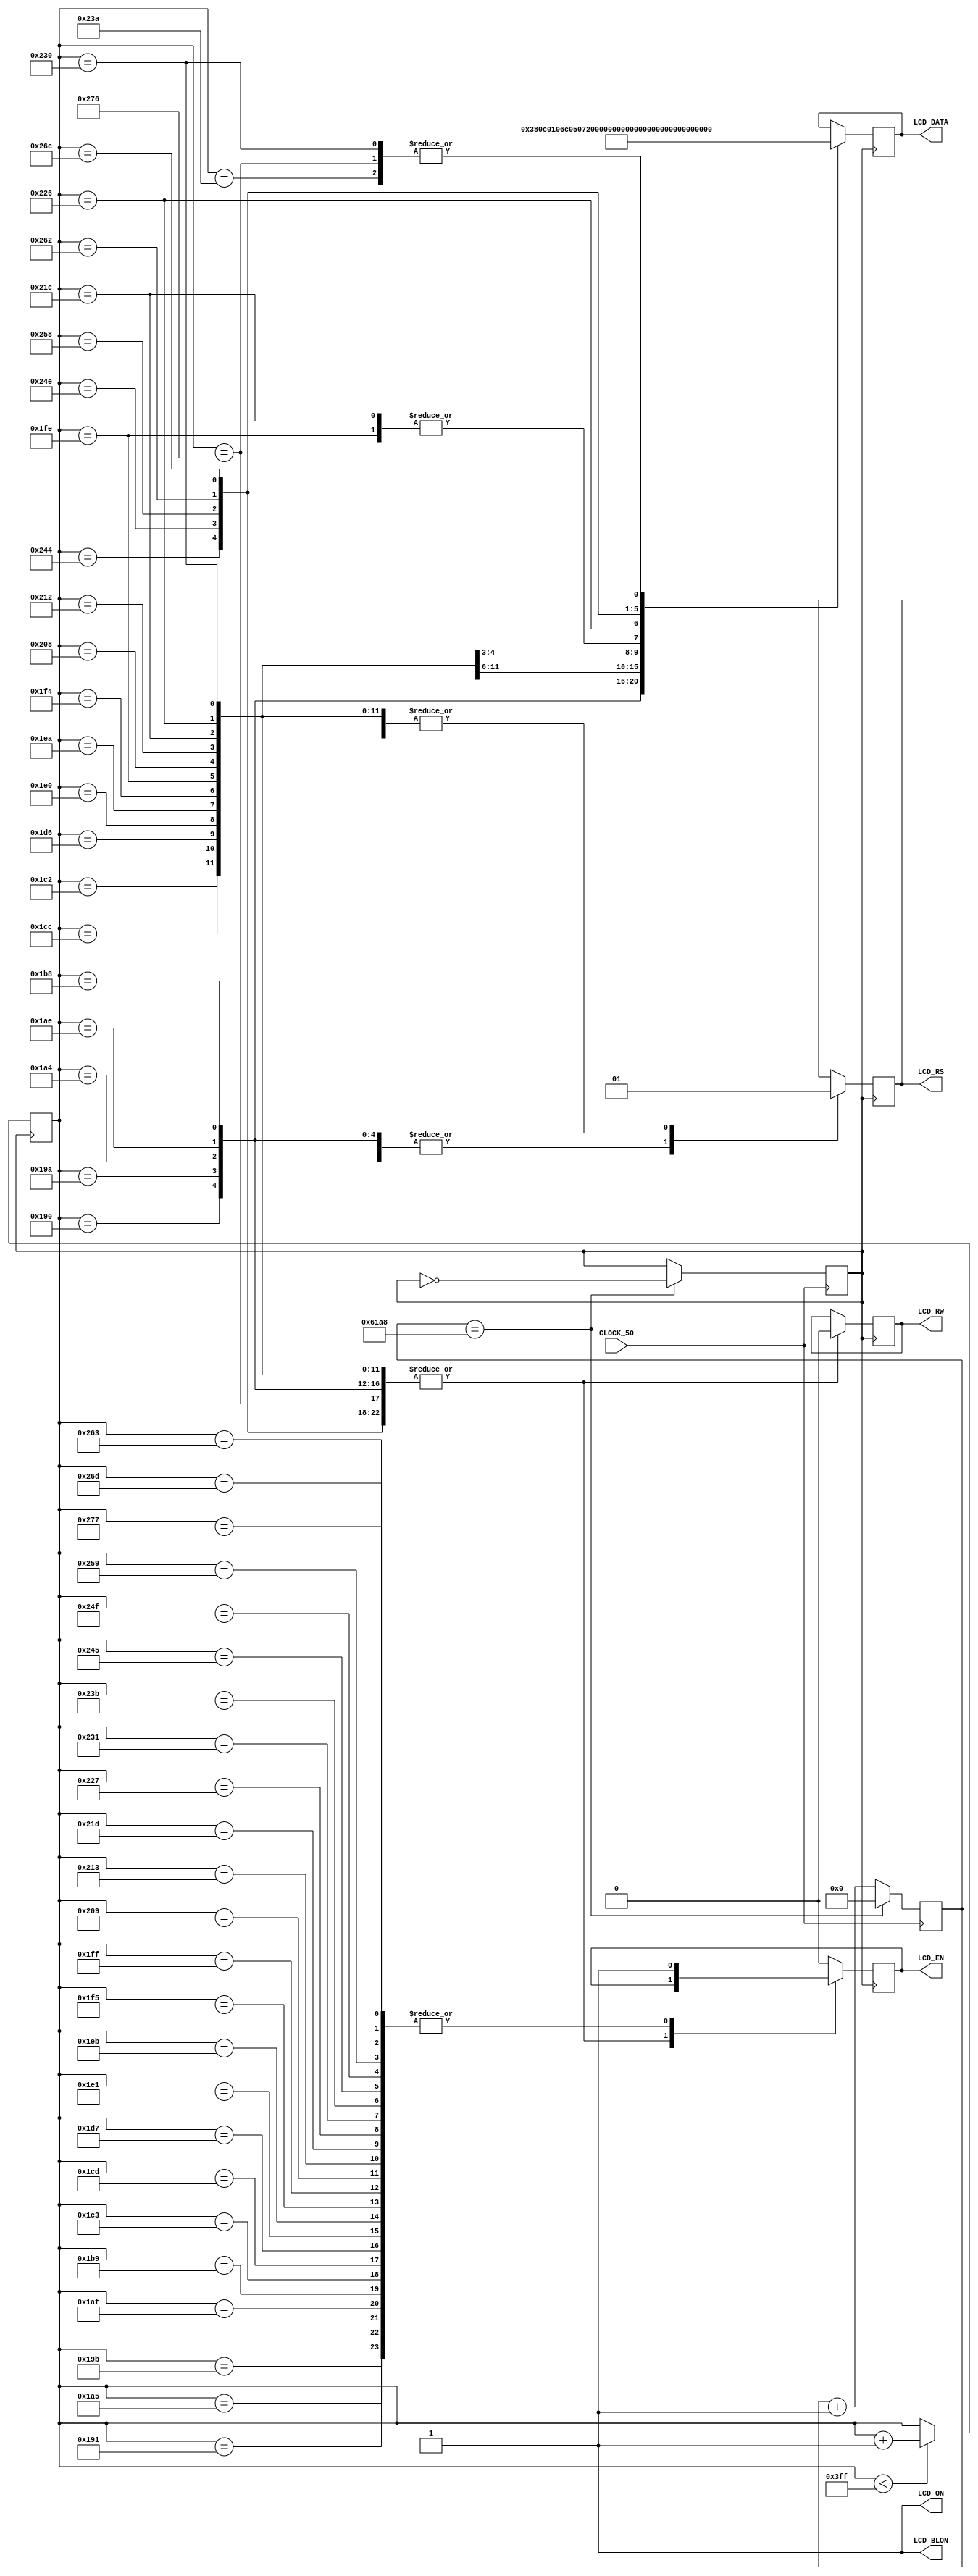
//=================================================================================//
//		File Name: EmRobot_LCDCtrol
//		Version	: V0.1
//		Date Create: 7/Dec/2012
//================================================================================//
module EmRobot_LCDCtrol(
			CLOCK_50,
			LCD_DATA,
			LCD_RW,
			LCD_RS,
			LCD_EN,
			LCD_BLON,
			LCD_ON
);
input 			CLOCK_50;
output [7:0] 	LCD_DATA;
output 			LCD_RW;
output 			LCD_RS;
output			LCD_EN;
output			LCD_BLON;
output  			LCD_ON;


reg 	[7:0] 	LCD_DATA;
reg				LCD_RW;
reg				LCD_RS;
reg				LCD_EN;
reg	clk_1k = 1'b0;

reg [20:0] 		counter = 0;
reg [10:0]		counter1 = 0;

assign LCD_BLON = 1;
assign LCD_ON = 1;


always@(posedge CLOCK_50)//divition to 1 khz
if(counter == 25000)
	begin
		clk_1k <=~clk_1k;
		counter<=0;
	end
else
	counter <= counter +1'b1;

	
always@(posedge clk_1k) //actual control 
begin
	if(counter1<1023)
		counter1 <= counter1+1'b1;
	//else
		//counter1 <=0;
	casex(counter1)
		400:begin
			LCD_DATA <=8'b00111000;//0x38
			LCD_RW <= 1'b0;
			LCD_RS <= 1'b0;
			end
		
		401:LCD_EN<=1'b1;
		
		410:begin			//0x0c
				LCD_DATA <= 8'h0c;
				LCD_RW 	<= 1'b0;
				LCD_RS  	<= 1'b0;
			end
		411:LCD_EN <=1'b1;
		
		420:begin			//0x01
				LCD_DATA	<=8'h01;
				LCD_RW 	<=1'b0;
				LCD_RS	<=1'b0;
			end
		421:LCD_EN		<=1'b1;
		
		430:begin
				LCD_DATA	<=8'h06;
				LCD_RW 	<=1'b0;
				LCD_RS	<=1'b0;
			end
		431:LCD_EN 		<=1'b1;
		
		440:begin
				LCD_DATA	<=8'hc0;
				LCD_RW 	<=1'b0;
				LCD_RS	<=1'b0;
			end
		441:begin
				LCD_EN 		<=1'b1;
				//ack <=1;
			end
		
	
	
		450:begin					//P
				LCD_DATA	<=8'h50;
				LCD_RW 	<=1'b0;
				LCD_RS	<=1'b1;
			end
		451:LCD_EN 		<=1'b1;	
		460:begin					//R
				LCD_DATA	<=8'h72;
				LCD_RW 	<=1'b0;
				LCD_RS	<=1'b1;
			end
		461:LCD_EN 		<=1'b1;	
		470:begin					//E
				LCD_DATA	<=8'h65;
				LCD_RW 	<=1'b0;
				LCD_RS	<=1'b1;
			end
		471:LCD_EN 		<=1'b1;	
		480:begin					//S
				LCD_DATA	<=8'h73;
				LCD_RW 	<=1'b0;
				LCD_RS	<=1'b1;
			end
		481:LCD_EN 		<=1'b1;	
		490:begin					//T
				LCD_DATA	<=8'h74;
				LCD_RW 	<=1'b0;
				LCD_RS	<=1'b1;
			end
		491:LCD_EN 		<=1'b1;	
		500:begin					//O
				LCD_DATA	<=8'h6f;
				LCD_RW 	<=1'b0;
				LCD_RS	<=1'b1;
			end
		501:LCD_EN 		<=1'b1;	
		510:begin					//N
				LCD_DATA	<=8'h6e;
				LCD_RW 	<=1'b0;
				LCD_RS	<=1'b1;
			end
		511:LCD_EN 		<=1'b1;	
		510:begin					//Z
				LCD_DATA	<=8'h5a;
				LCD_RW 	<=1'b0;
				LCD_RS	<=1'b1;
			end
		511:LCD_EN 		<=1'b1;
		520:begin					//H
				LCD_DATA	<=8'h68;
				LCD_RW 	<=1'b0;
				LCD_RS	<=1'b1;
			end
		521:LCD_EN 		<=1'b1;
		530:begin					//A
				LCD_DATA	<=8'h61;
				LCD_RW 	<=1'b0;
				LCD_RS	<=1'b1;
			end
		531:LCD_EN 		<=1'b1;
		540:begin					//N
				LCD_DATA	<=8'h6e;
				LCD_RW 	<=1'b0;
				LCD_RS	<=1'b1;
			end
		541:LCD_EN 		<=1'b1;
		550:begin					//G
				LCD_DATA	<=8'h67;
				LCD_RW 	<=1'b0;
				LCD_RS	<=1'b1;
			end
		551:LCD_EN 		<=1'b1;
		560:begin					//!
				LCD_DATA	<=8'h21;
				LCD_RW 	<=1'b0;
				LCD_RS	<=1'b1;
			end
		561:LCD_EN 		<=1'b1;
		570:begin					//!
				LCD_DATA	<=8'h21;
				LCD_RW 	<=1'b0;
				LCD_RS	<=1'b1;
			end
		571:LCD_EN 		<=1'b1;
		
		

		580:begin
				LCD_DATA	<=8'h80;
				LCD_RW 	<=1'b0;
				LCD_RS	<=1'b0;
			end
		581:LCD_EN 		<=1'b1;
		
		
		590:begin
				LCD_DATA	<=8'h4c;
				LCD_RW 	<=1'b0;
				LCD_RS	<=1'b1;
			end
		591:LCD_EN 		<=1'b1;
		600:begin
				LCD_DATA	<=8'h4f;
				LCD_RW 	<=1'b0;
				LCD_RS	<=1'b1;
			end
		601:LCD_EN 		<=1'b1;
		610:begin
				LCD_DATA	<=8'h56;
				LCD_RW 	<=1'b0;
				LCD_RS	<=1'b1;
			end
		611:LCD_EN 		<=1'b1;
		620:begin
				LCD_DATA	<=8'h45;
				LCD_RW 	<=1'b0;
				LCD_RS	<=1'b1;
			end
		621:LCD_EN 		<=1'b1;
		630:begin
				LCD_DATA	<=8'h21;
				LCD_RW 	<=1'b0;
				LCD_RS	<=1'b1;
			end
		631:LCD_EN 		<=1'b1;
		default:LCD_EN <=1'b0;
	endcase

end
endmodule